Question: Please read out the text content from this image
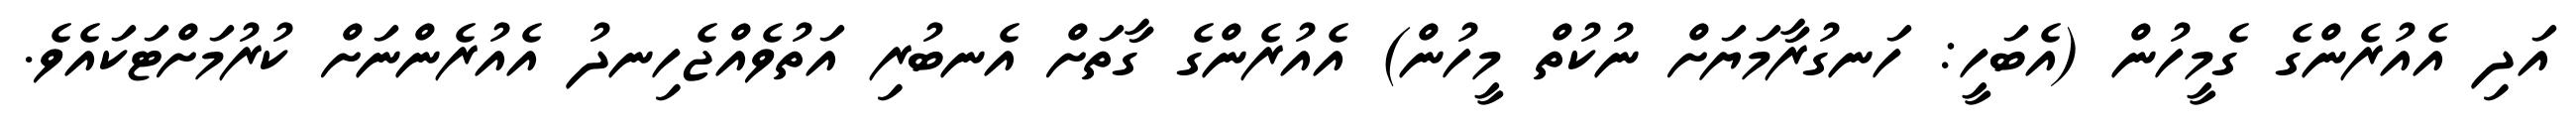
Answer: އަދި އެއުރެންގެ ގެމީހުން (އެބަހީ: ހަނގުރާމަޔަށް ނުކުތް މީހުން) އެއުރެންގެ ގާތަށް އެނބުރި އަތުވެއްޖެހިނދު އެއުރެންނަށް ކުރުމަށްޓަކައެވެ.